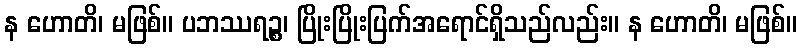
န ဟောတိ၊ မဖြစ်။ ပဘဿရဉ္စ၊ ပြိုးပြိုးပြက်အရောင်ရှိသည်လည်း။ န ဟောတိ၊ မဖြစ်။